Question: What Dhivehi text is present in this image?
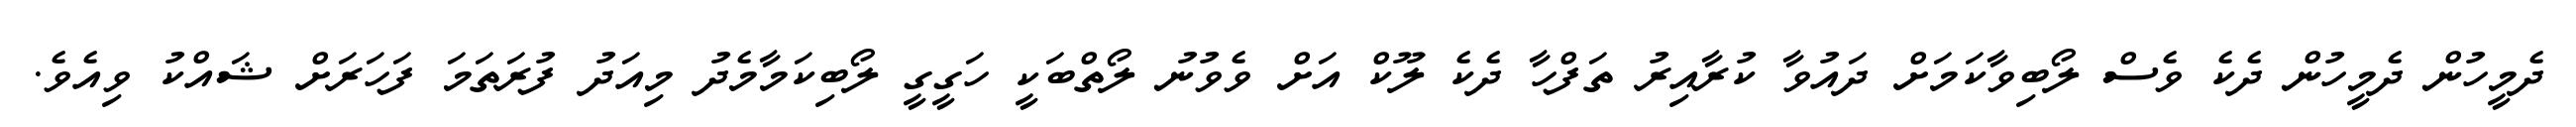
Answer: ދެމީހުން ދެމީހުން ދެކެ ވެސް ލޯބިވާކަމަށް ދައުވާ ކުރާއިރު ތަފްހާ ދެކެ ލޫކް އަށް ވެވުނު ލޯތްބަކީ ހަގީގީ ލޯބިކަމާމެދު މިއަދު ފުރަތަމަ ފަހަރަށް ޝައްކު ވިއެވެ.